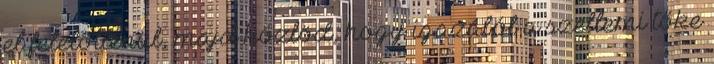
el felelőtlenül, majd közlöd, hogy igazából a szellemi tőke